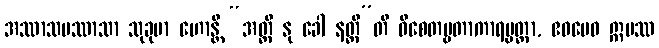
အဿာသပဿာသာ သုခုမာ ဟောန္တိ “အတ္ထိ နု ခေါ နတ္ထီ”တိ ဝိစေတဗ္ဗတာကာရပ္ပတ္တာ, ဧဝမေဝ ဣမဿ